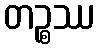
တဉ္စဿ